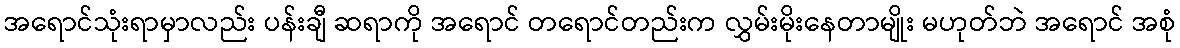
အရောင်သုံးရာမှာလည်း ပန်းချီ ဆရာကို အရောင် တရောင်တည်းက လွှမ်းမိုးနေတာမျိုး မဟုတ်ဘဲ အရောင် အစုံ